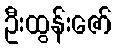
ဦးထွန်းဇော်